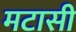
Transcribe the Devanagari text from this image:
मटासी